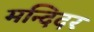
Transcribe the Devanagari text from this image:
मन्दिदर